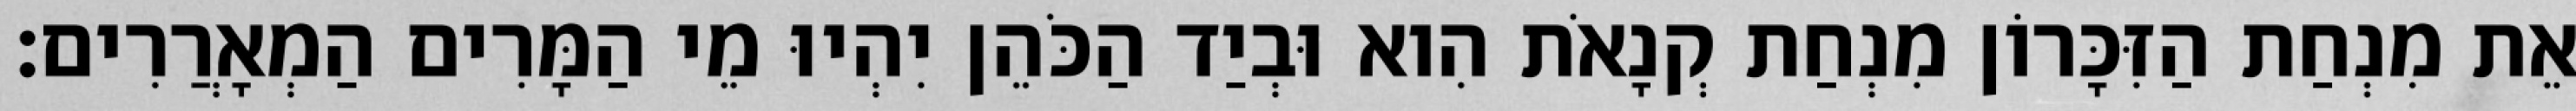
אֵת מִנְחַת הַזִּכָּרוֹן מִנְחַת קְנָאֹת הִוא וּבְיַד הַכֹּהֵן יִהְיוּ מֵי הַמָּרִים הַמְאָרֲרִים׃